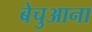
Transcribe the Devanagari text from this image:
बेचुआना